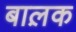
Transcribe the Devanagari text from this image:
बाल़क